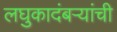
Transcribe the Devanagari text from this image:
लघुकादंबऱ्यांची